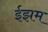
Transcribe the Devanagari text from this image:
ईझम